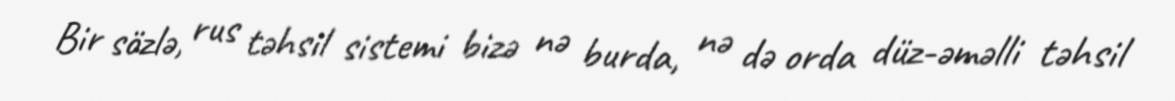
Bir sözlə, rus təhsil sistemi bizə nə burda, nə də orda düz-əməlli təhsil